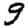
Digit: 9